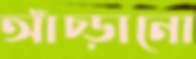
আঁচ্‌ড়ানো